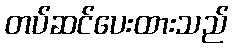
တပ်ဆင်ပေးထားသည်